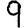
Digit: 9